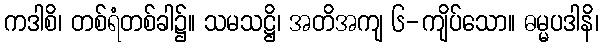
ကဒါစိ၊ တစ်ရံတစ်ခါ၌။ သမသဋ္ဌိ၊ အတိအကျ ၆-ကျိပ်သော။ ဓမ္မပဒါနိ၊